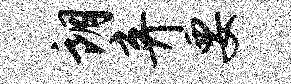
朗弃要